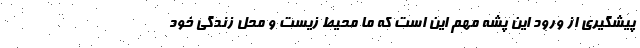
پیشگیری از ورود این پشه مهم این است که ما محیط زیست و محل زندگی خود